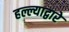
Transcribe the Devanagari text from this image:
हल्ल्याद्वारे